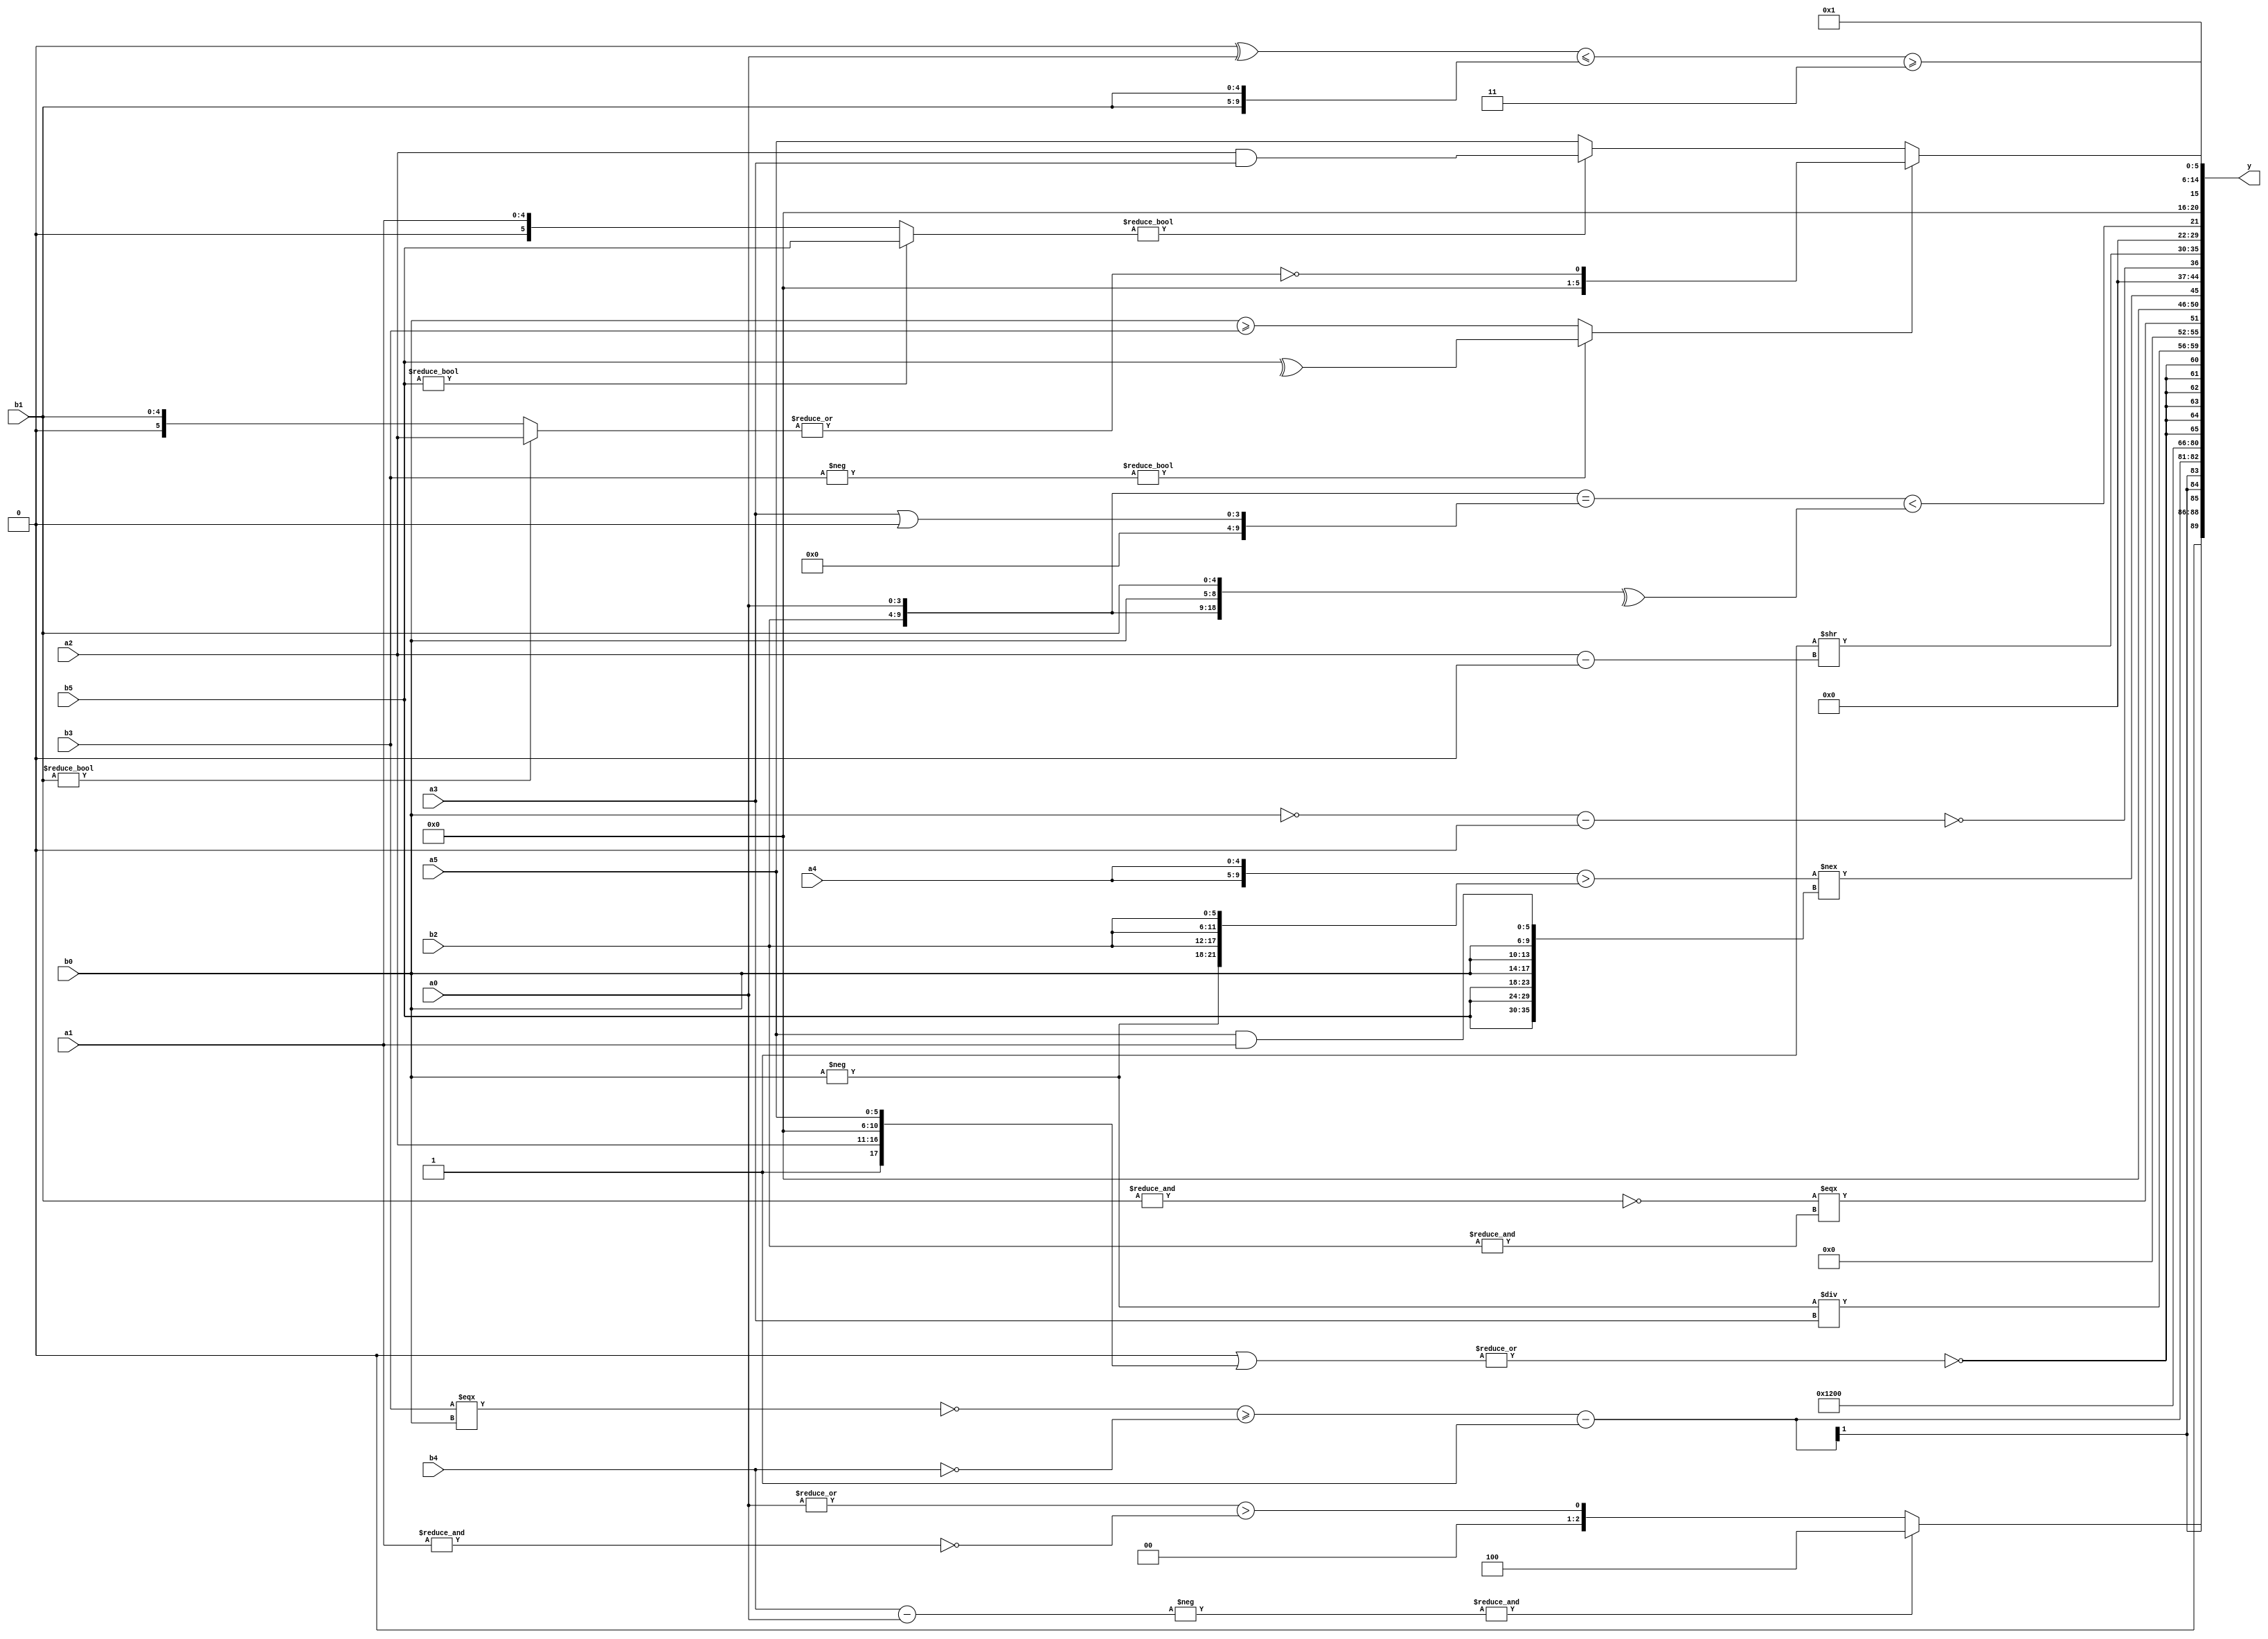
module expression_00518(a0, a1, a2, a3, a4, a5, b0, b1, b2, b3, b4, b5, y);
  input [3:0] a0;
  input [4:0] a1;
  input [5:0] a2;
  input signed [3:0] a3;
  input signed [4:0] a4;
  input signed [5:0] a5;

  input [3:0] b0;
  input [4:0] b1;
  input [5:0] b2;
  input signed [3:0] b3;
  input signed [4:0] b4;
  input signed [5:0] b5;

  wire [3:0] y0;
  wire [4:0] y1;
  wire [5:0] y2;
  wire signed [3:0] y3;
  wire signed [4:0] y4;
  wire signed [5:0] y5;
  wire [3:0] y6;
  wire [4:0] y7;
  wire [5:0] y8;
  wire signed [3:0] y9;
  wire signed [4:0] y10;
  wire signed [5:0] y11;
  wire [3:0] y12;
  wire [4:0] y13;
  wire [5:0] y14;
  wire signed [3:0] y15;
  wire signed [4:0] y16;
  wire signed [5:0] y17;

  output [89:0] y;
  assign y = {y0,y1,y2,y3,y4,y5,y6,y7,y8,y9,y10,y11,y12,y13,y14,y15,y16,y17};

  localparam [3:0] p0 = {2{{(~&{4{(4'd1)}})}}};
  localparam [4:0] p1 = (^(~&(^(!(4'sd0)))));
  localparam [5:0] p2 = ((5'd5)==(-2'sd0));
  localparam signed [3:0] p3 = {{1{(2'sd0)}}};
  localparam signed [4:0] p4 = (+(3'd5));
  localparam signed [5:0] p5 = ((((4'sd3)^~(-3'sd2))+(~(6'd2 * (3'd4))))<=(((4'd8)==(2'd3))<<<((3'd4)==(3'd7))));
  localparam [3:0] p6 = (|{(!(~&(~((5'd7)?(3'sd0):(-2'sd1)))))});
  localparam [4:0] p7 = (({(-2'sd0)}>>>{(-5'sd10),(2'd0)})+((!(3'd5))|((2'd1)==(-3'sd1))));
  localparam [5:0] p8 = ((((3'd4)?(3'd5):(-4'sd6))===((3'd2)&&(3'd5)))<(((4'd13)|(4'd12))*((2'd2)>(3'd6))));
  localparam signed [3:0] p9 = (((5'sd4)?(5'sd1):(3'sd1))?((+(3'd6))-(|(3'sd0))):((5'd13)&&((2'd2)>>(5'sd8))));
  localparam signed [4:0] p10 = ((-2'sd1)!={3{(~|(-5'sd1))}});
  localparam signed [5:0] p11 = (4'd2 * {2{(2'd3)}});
  localparam [3:0] p12 = ((((5'd23)%(2'd3))>((4'd10)!==(3'd2)))!=(((5'd26)&&(-3'sd1))<<((2'd3)<<(3'd6))));
  localparam [4:0] p13 = (^{1{(^{3{{1{(4'd0)}}}})}});
  localparam [5:0] p14 = (!(~&(|(!(((-5'sd0)&&(4'sd0))!==(&(2'sd0)))))));
  localparam signed [3:0] p15 = {(2'd2),(5'd13),(5'd7)};
  localparam signed [4:0] p16 = (3'sd1);
  localparam signed [5:0] p17 = (4'd6);

  assign y0 = ((~&(-(b4-a0)))?((|a0)>(~&a1)):(4'sd4));
  assign y1 = (((~(b3===b0))>=((b4==p2)==(p7==p7)))-(|(|((p11<<p5)/p10))));
  assign y2 = (+(4'd9));
  assign y3 = (p13+p7);
  assign y4 = (({3{p5}}>(p0))?((p12^p2)^~(p15-p12)):($unsigned(p8)&{p12,p2}));
  assign y5 = $signed((~|(((-(&{$unsigned({p13}),(a3^~p16)}))|({(~&{(p7?p4:p5)}),{a2,p1,a5}})))));
  assign y6 = (((-b0))/a3);
  assign y7 = ((~&b1)===(&b2));
  assign y8 = (({{2{a4}}}>{(-b0),{3{b2}}})!=={{3{b5}},{3{b0}},(a5&a1)});
  assign y9 = (p5<<<p3);
  assign y10 = (^(^(~|(+((p7==b0)-(^p9))))));
  assign y11 = ((~|p2)>>(a2-p5));
  assign y12 = ((|(&(~^(~&p8))))?(~&$signed((|(-p0)))):$unsigned((~^(~^(p11)))));
  assign y13 = (({{b2,p8},$unsigned(a0)}==((p15?a3:b3)|(^p7)))<(^{{b2,a0},(p6?b0:a0),{{b1}}}));
  assign y14 = (((p12^a0)<={b1,b1})>=(2'd3));
  assign y15 = (&({2{p7}}?{3{p9}}:(6'd2 * p12)));
  assign y16 = (2'sd1);
  assign y17 = (((-b3)?(^b5):(b0>=b3))?(|(~|(|(b1?a2:b1)))):((b5?b5:a1)?(a2&a3):(b4?a5:a5)));
endmodule